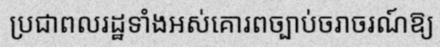
ប្រជាពលរដ្ឋទាំងអស់គោរពច្បាប់ចរាចរណ៍ឱ្យ